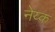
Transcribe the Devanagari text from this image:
नेय्क